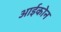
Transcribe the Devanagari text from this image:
आईकोन